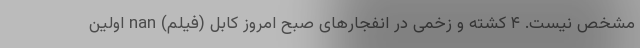
مشخص نیست. ۴ کشته و زخمی در انفجار‌های صبح امروز کابل (فیلم) nan اولین